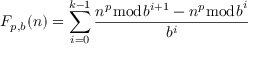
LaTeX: F _ { p , b } ( n ) = \sum _ { i = 0 } ^ { k - 1 } { \frac { n ^ { p } { \bmod { b ^ { i + 1 } } } - n ^ { p } { \bmod { b } } ^ { i } } { b ^ { i } } }